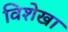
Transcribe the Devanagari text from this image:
विशेखा